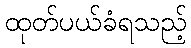
ထုတ်ပယ်ခံရသည့်